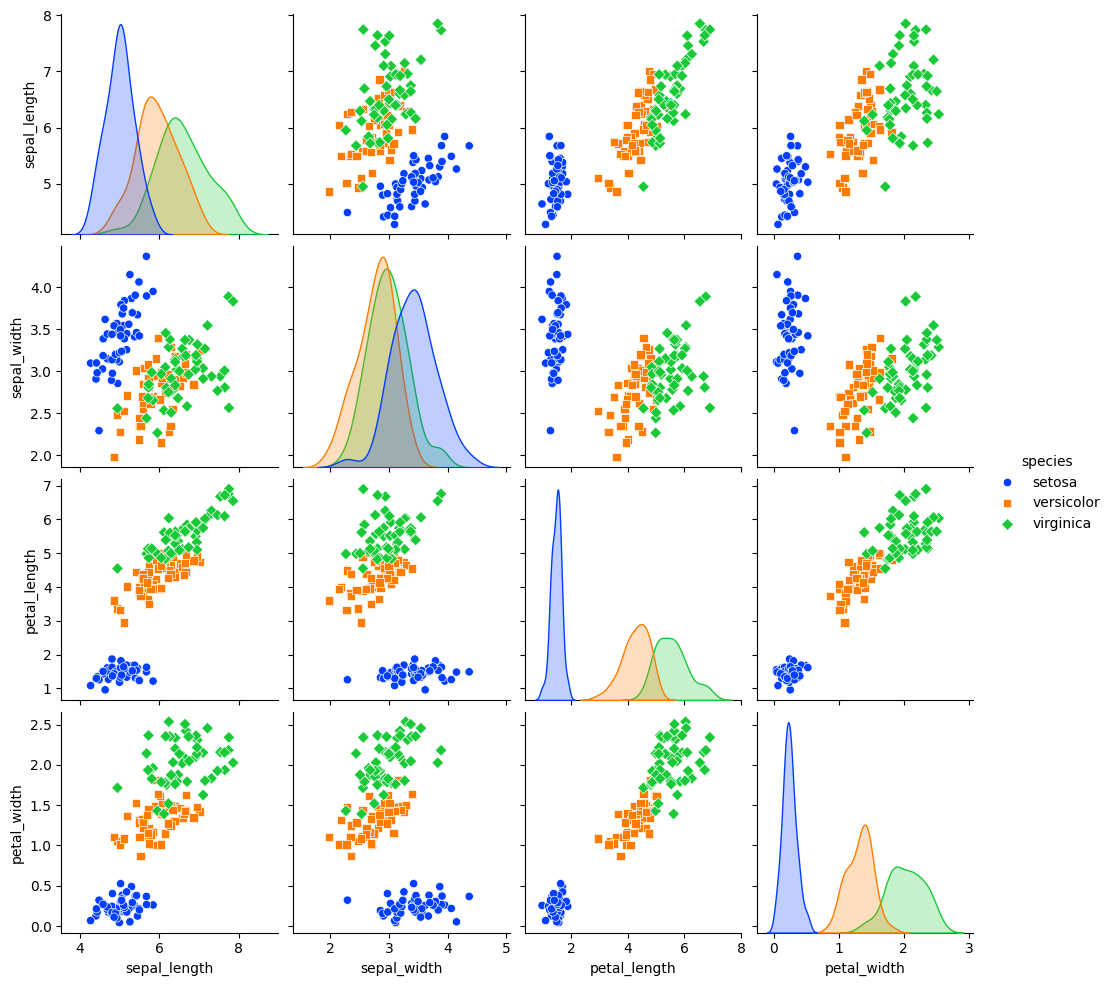
python, seaborn, pairplot, palette='bright', markers=['o', 's', 'D'], kind='scatter', diag_kind='auto'